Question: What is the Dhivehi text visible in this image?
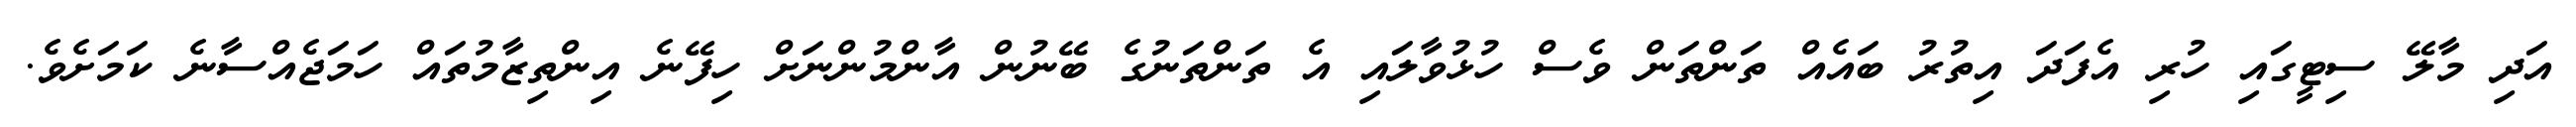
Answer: އަދި މާލޭ ސިޓީގައި ހުރި އެފަދަ އިތުރު ބައެއް ތަންތަން ވެސް ހުޅުވާލައި އެ ތަންތަނުގެ ބޭނުން އާންމުންނަށް ހިފޭނެ އިންތިޒާމުތައް ހަމަޖެއްސާނެ ކަމަށެވެ.